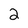
Character: 2